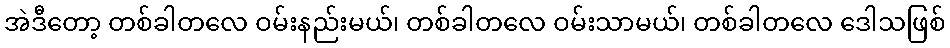
အဲဒီတော့ တစ်ခါတလေ ဝမ်းနည်းမယ်၊ တစ်ခါတလေ ဝမ်းသာမယ်၊ တစ်ခါတလေ ဒေါသဖြစ်